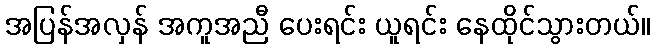
အပြန်အလှန် အကူအညီ ပေးရင်း ယူရင်း နေထိုင်သွားတယ်။